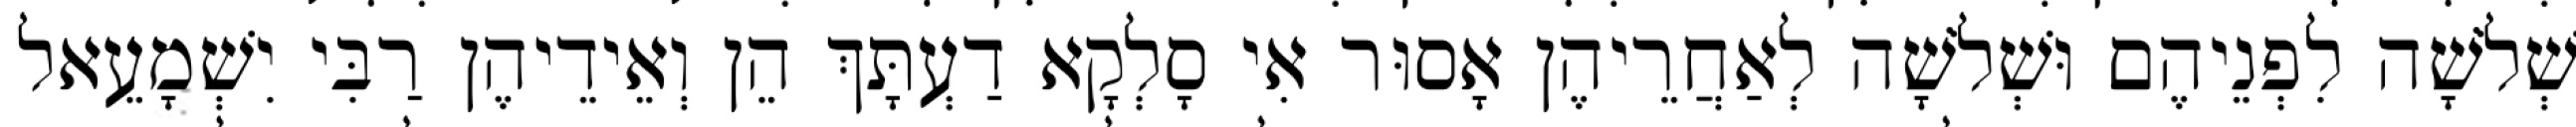
שְׁלֹשָׁה לִפְנֵיהֶם וּשְׁלֹשָׁה לְאַחֲרֵיהֶן אָסוּר אִי סָלְקָא דַעְתָּךְ הֵן וְאֵידֵיהֶן רַבִּי יִשְׁמָעֵאל